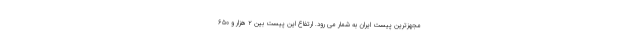
مجهزترین پیست ایران به شمار می رود. ارتفاع این پیست بین ۲ هزار و ۶۵۰